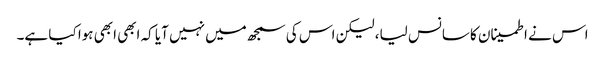
اس نے اطمینان کا سانس لیا، لیکن اس کی سمجھ میں نہیں آیا کہ ابھی ابھی ہوا کیا ہے۔